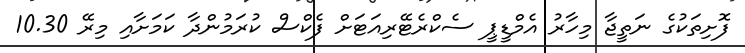
ފޮށިތަކުގެ ނަތީޖާ މިހާރު އެމްޑީޕީ ސެކްރެޓޭރިއަޓަށް ފެކްސް ކުރަމުންދާ ކަމަށާއި މިރޭ 10.30